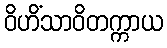
ဝိဟိံသာဝိတက္ကာယ